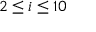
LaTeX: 2 \leq i \leq 1 0